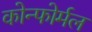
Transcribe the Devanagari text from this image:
कोन्फोर्मल